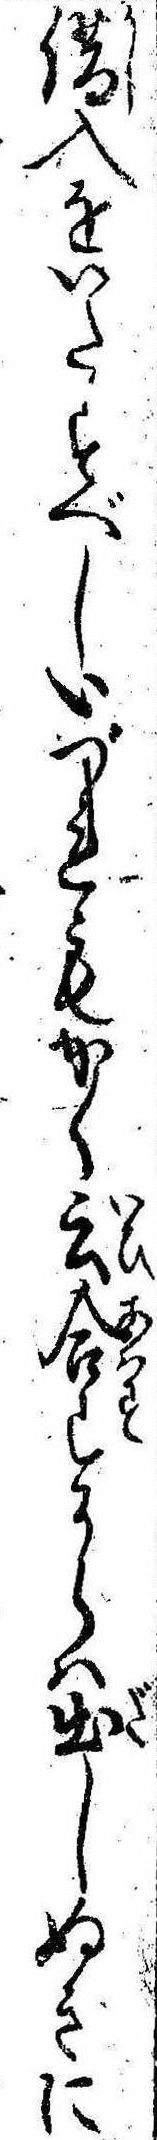
借入をいたすべしいづれもかく云合すからは出しぬきに